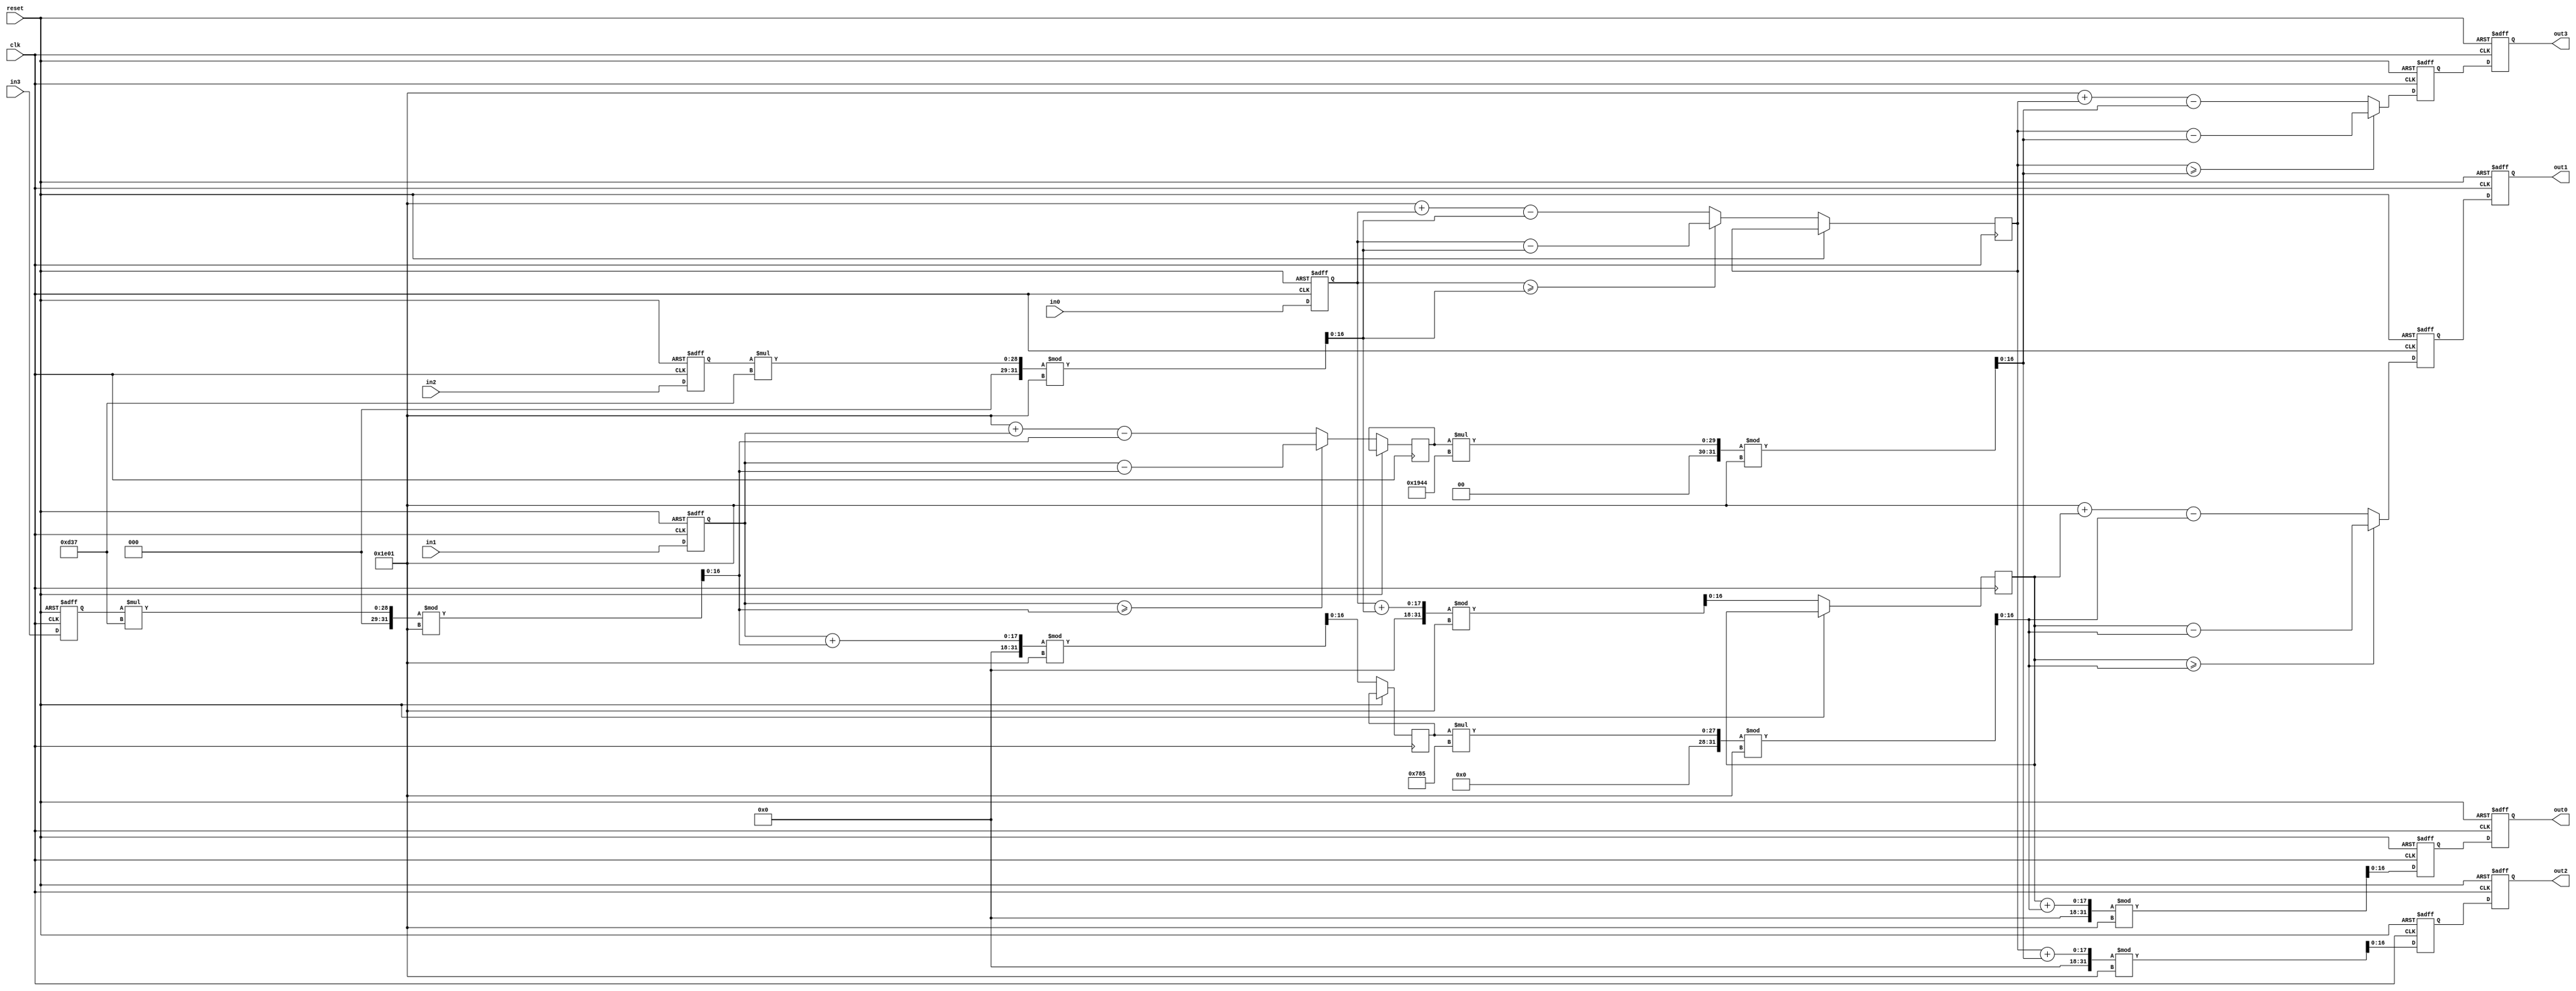
module FourPoint_NTT(
    input clk,
    input reset,
    input [16:0] in0,  //Individual input points, each 8 bits wide
    input [16:0] in1,
    input [16:0] in2,
    input [16:0] in3,
    output reg [16:0] out0,  //Individual output points, each 8 bits wide
    output reg [16:0] out1,
    output reg [16:0] out2,
    output reg [16:0] out3
);

    // Modulus and primitive root
    parameter q = 7681;
    parameter phi = 1925;
    parameter phi2 = 3383;
    parameter phi3 = 6468; 

    // Internal registers
    reg [16:0] x0, x1, x2, x3;
    reg [16:0] y0, y1, y2, y3;
    reg [16:0] w1, w2, w3;
    reg [16:0] temp0, temp1, temp2, temp3;

    // Function for modular addition
    function [16:0] mod_add;
        input [16:0] a, b;
        begin
            mod_add = (a + b) % q;
        end
    endfunction

    // Function for modular subtraction
    function [16:0] mod_sub;
        input [16:0] a, b;
        begin
            mod_sub = (a >= b) ? (a - b) : (q + a - b);
        end
    endfunction

    // Function for modular multiplication
    function [16:0] mod_mul;
        input [16:0] a, b;
        begin
            mod_mul = (a * b) % q;
        end
    endfunction

    // Butterfly operation
    always @(posedge clk or posedge reset) begin
        if (reset) begin
            x0 <= 0;
            x1 <= 0;
            x2 <= 0;
            x3 <= 0;
            y0 <= 0;
            y1 <= 0;
            y2 <= 0;
            y3 <= 0;
            out0 <= 0;
            out1 <= 0;
            out2 <= 0;
            out3 <= 0;
        end else begin
            // Load input values
            x0 <= in0;
            x1 <= in1;
            x2 <= in2;
            x3 <= in3;
            
            // Precompute powers of omega
            w1 <= phi;
            w2 <= phi2;
            w3 <= phi3;
            
            // First stage of butterfly
            temp0 <= mod_add(x0, mod_mul(x2, phi2));
            temp2 <= mod_sub(x0, mod_mul(x2, phi2));
            temp1 <= mod_add(x1, mod_mul(x3, phi2));
            temp3 <= mod_sub(x1, mod_mul(x3, phi2));
            
            
            
            // Second stage of butterfly
            y0 <= mod_add(temp0, mod_mul(temp1, phi));
            y1 <= mod_sub(temp0, mod_mul(temp1, phi));
            y2 <= mod_add(temp2, mod_mul(temp3, phi3));
            y3 <= mod_sub(temp2, mod_mul(temp3, phi3));
            
            // Store output values
            out0 <= y0;
            out1 <= y1;
            out2 <= y2;
            out3 <= y3;
        end
    end
endmodule